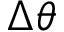
\Delta \theta